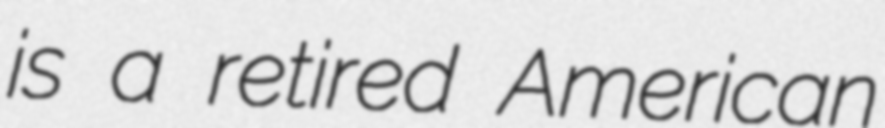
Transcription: is a retired American